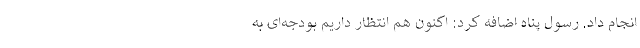
انجام داد. رسول پناه اضافه کرد: اکنون هم انتظار داریم بودجه‌ای به